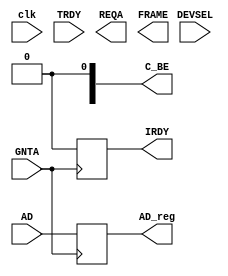
module DeviceA(
    input clk,
    input GNTA,
    input DEVSEL,
    input TRDY,
    input [31:0]AD,

    output REQA,
    output FRAME,
    output reg IRDY,
    output reg [31:0]AD_reg,
    output [3:0]C_BE
    );


    reg FRAME_reg;
    reg GNTA_reg ;
    


    always @(negedge GNTA) begin

        FRAME_reg <= 1'b0;
        AD_reg    <= AD;

        IRDY <= #5 1'b0;



    end 
    
    always @(negedge DEVSEL) begin

        TRDY <= 1'b0;
    end 







endmodule